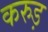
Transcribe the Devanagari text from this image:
करुड़